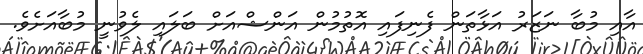
އާއި މުބާ ނަޒަރު އަޅާތަން ފެނިފައި އޮތުމުން އަންޝްއަށް ބަލައި ލެވުނީ މުބާއަށެވެ.